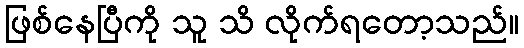
ဖြစ်နေပြီကို သူ သိ လိုက်ရတော့သည်။